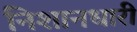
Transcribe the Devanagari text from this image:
निशानधारी